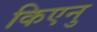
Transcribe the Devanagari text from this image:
किएनु